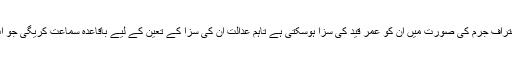
فیصل شہزاد کے اعترافِ جرم کی صورت میں ان کو عمر قید کی سزا ہوسکتی ہے تاہم عدالت ان کی سزا کے تعین کے لیے باقاعدہ سماعت کریگی جو اب اکتوبر میں ہوگی۔